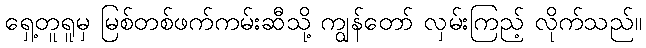
ရှေ့တူရူမှ မြစ်တစ်ဖက်ကမ်းဆီသို့ ကျွန်တော် လှမ်းကြည့် လိုက်သည်။